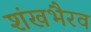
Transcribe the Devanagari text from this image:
शंखभैरव